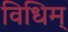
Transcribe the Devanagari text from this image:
विधिम्